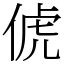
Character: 俿